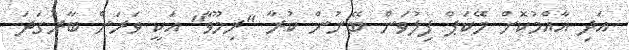
އަދި އާއްމުކޮށް މޭކަޕް ފިލުވަން ބޭނުން ކުރާ "ރިމޫވާ" އަކީ ވަރަށް ބާރުގަދަ